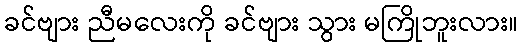
ခင်ဗျား ညီမလေးကို ခင်ဗျား သွား မကြိုဘူးလား။